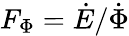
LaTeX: F_{\Phi}=\dot{E}/\dot{\Phi}